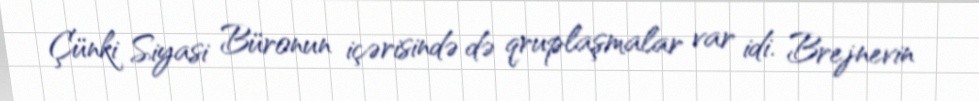
Çünki Siyasi Büronun içərisində də qruplaşmalar var idi. Brejnevin